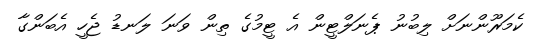
ކެމަރޫންނަށް ލިބުނު ޕެނަލްޓީން އެ ޓީމުގެ ތިން ވަނަ ލަނޑު ޖެހީ އެބަންގާ